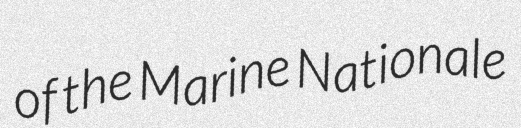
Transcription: of the Marine Nationale